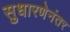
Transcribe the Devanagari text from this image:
सुधारणेनंतर